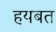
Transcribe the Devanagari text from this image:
हयबत